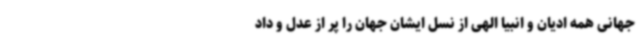
جهانی همه ادیان و انبیا الهی از نسل ایشان جهان را پر از عدل و داد